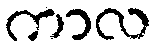
ကာလ